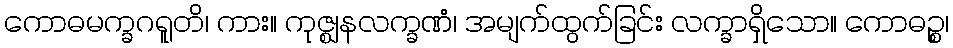
ကောဓမက္ခဂရူတိ၊ ကား။ ကုဇ္ဈနလက္ခဏံ၊ အမျက်ထွက်ခြင်း လက္ခာရှိသော။ ကောဓဉ္စ၊